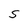
Character: S